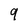
Character: 9